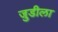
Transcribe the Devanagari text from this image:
जुडीला